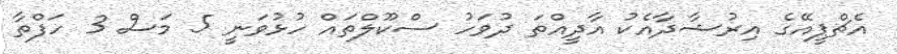
އެޗްޕީއޭގެ އިރުޝާދާއެކު އާދީއްތަ ދުވަހު ސްކޫލްތައް ހުޅުވަނީ 5 މަސް 3 ހަފްތާ